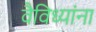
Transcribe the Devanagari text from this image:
वैविध्यांना